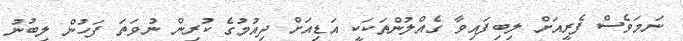
ނަމަވެސް ފެރީއަށް ލިބިފައިވާ ގެއްލުންތަކަކީ އަޑިއަށް ދިއުމުގެ ކުރިން ނުވަތަ ފަހުން ލިބުނު